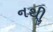
નથીૢ